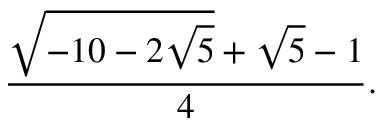
{ \frac { { \sqrt { - 1 0 - 2 { \sqrt { 5 } } } } + { \sqrt { 5 } } - 1 } { 4 } } .